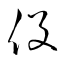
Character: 役